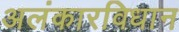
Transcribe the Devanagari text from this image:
अलंकारविधान